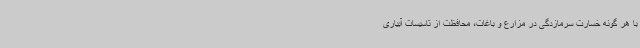
با هر گونه خسارت سرمازدگی در مزارع و باغات، محافظت از تاسیسات آبیاری